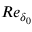
R e _ { \delta _ { 0 } }